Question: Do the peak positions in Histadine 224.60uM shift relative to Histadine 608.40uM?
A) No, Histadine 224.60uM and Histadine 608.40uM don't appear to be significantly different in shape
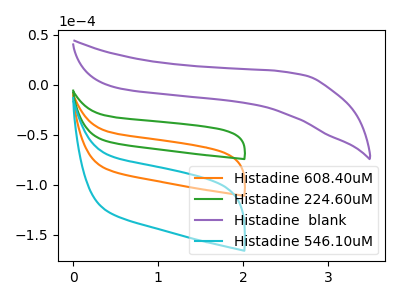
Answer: <think>The orange curve "Histadine 608.40uM" has no peaks. The green curve "Histadine 224.60uM" has no peaks. The purple curve "Histadine  blank" has no peaks. The cyan curve "Histadine 546.10uM" has no peaks.
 Neither "Histadine 224.60uM" or "Histadine 608.40uM" have any peaks.</think>
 <answer>A) No, "Histadine 224.60uM" and "Histadine 608.40uM" don't appear to be significantly different in shape</answer>
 <eval>A</eval>